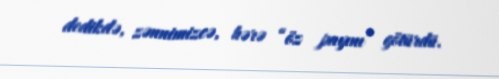
dedikdə, zənnimizcə, hərə “öz payını” götürdü.